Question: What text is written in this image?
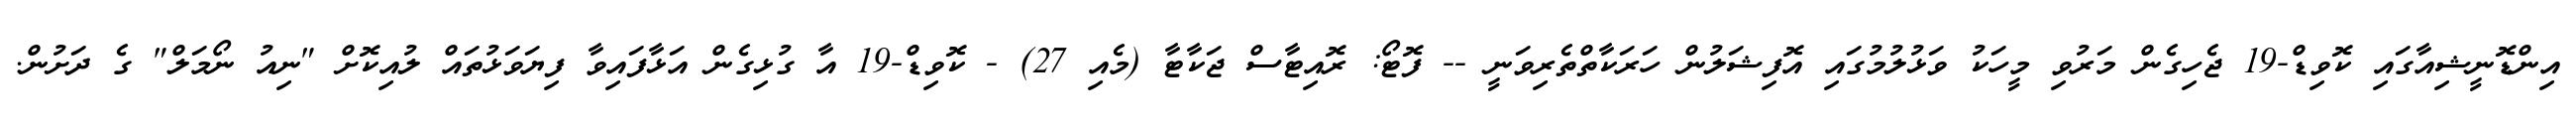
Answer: އިންޑޮނީޝިއާގައި ކޮވިޑް-19 ޖެހިގެން މަރުވި މީހަކު ވަޅުލުމުގައި އޮފިޝަލުން ހަރަކާތްތެރިވަނީ -- ފޮޓޯ: ރޮއިޓާސް ޖަކާޓާ (މެއި 27) - ކޮވިޑް-19 އާ ގުޅިގެން އަޅާފައިވާ ފިޔަވަޅުތައް ލުއިކޮށް "ނިއު ނޯމަލް" ގެ ދަށުން.